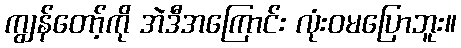
ကျွန်တော့်ကို အဲဒီအကြောင်း လုံးဝမပြောဘူး။